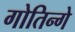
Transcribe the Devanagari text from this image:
गोतिन्गे